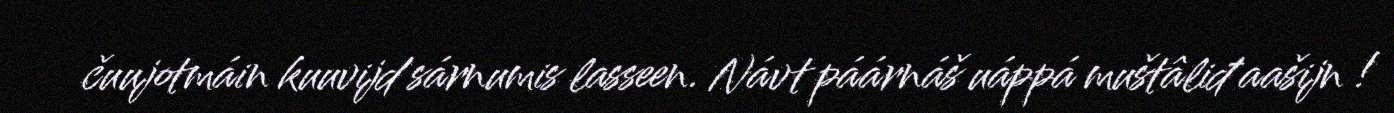
čuujotmáin kuuvijd sárnumis lasseen. Návt páárnáš uáppá muštâliđ aašijn !